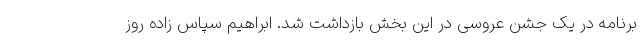
برنامه در یک جشن عروسی در این بخش بازداشت شد. ابراهیم سپاس زاده روز